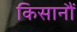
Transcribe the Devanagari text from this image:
किसानौं